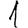
Digit: 1